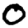
Digit: 0